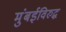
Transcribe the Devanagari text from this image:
मुंबईविरुद्ध